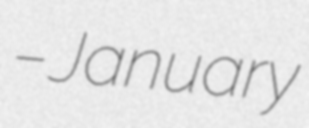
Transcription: – January